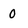
Character: 0